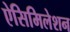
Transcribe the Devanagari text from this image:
ऐसिमिलेशन